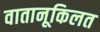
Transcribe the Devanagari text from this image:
वातानूकिलत